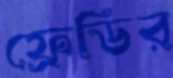
ফ্রেডির